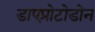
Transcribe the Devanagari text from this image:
डाएप्रोटोडोन